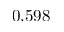
0 . 5 9 8